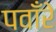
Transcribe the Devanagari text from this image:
पवाँरे